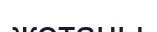
жотаны